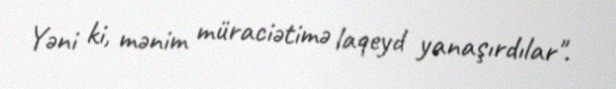
Yəni ki, mənim müraciətimə laqeyd yanaşırdılar".